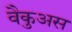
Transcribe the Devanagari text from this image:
वैकुअस